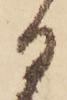
る